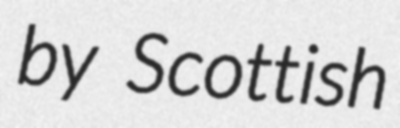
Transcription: by Scottish